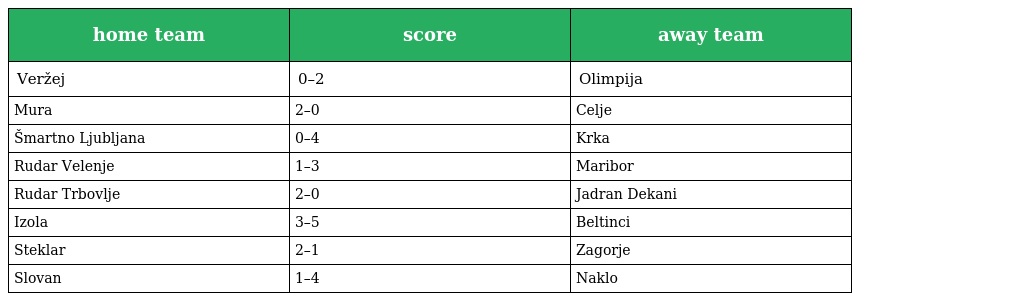
| home team | score | away team |
 | --- | --- | --- |
 | Veržej | 0–2 | Olimpija |
 | Mura | 2–0 | Celje |
 | Šmartno Ljubljana | 0–4 | Krka |
 | Rudar Velenje | 1–3 | Maribor |
 | Rudar Trbovlje | 2–0 | Jadran Dekani |
 | Izola | 3–5 | Beltinci |
 | Steklar | 2–1 | Zagorje |
 | Slovan | 1–4 | Naklo |